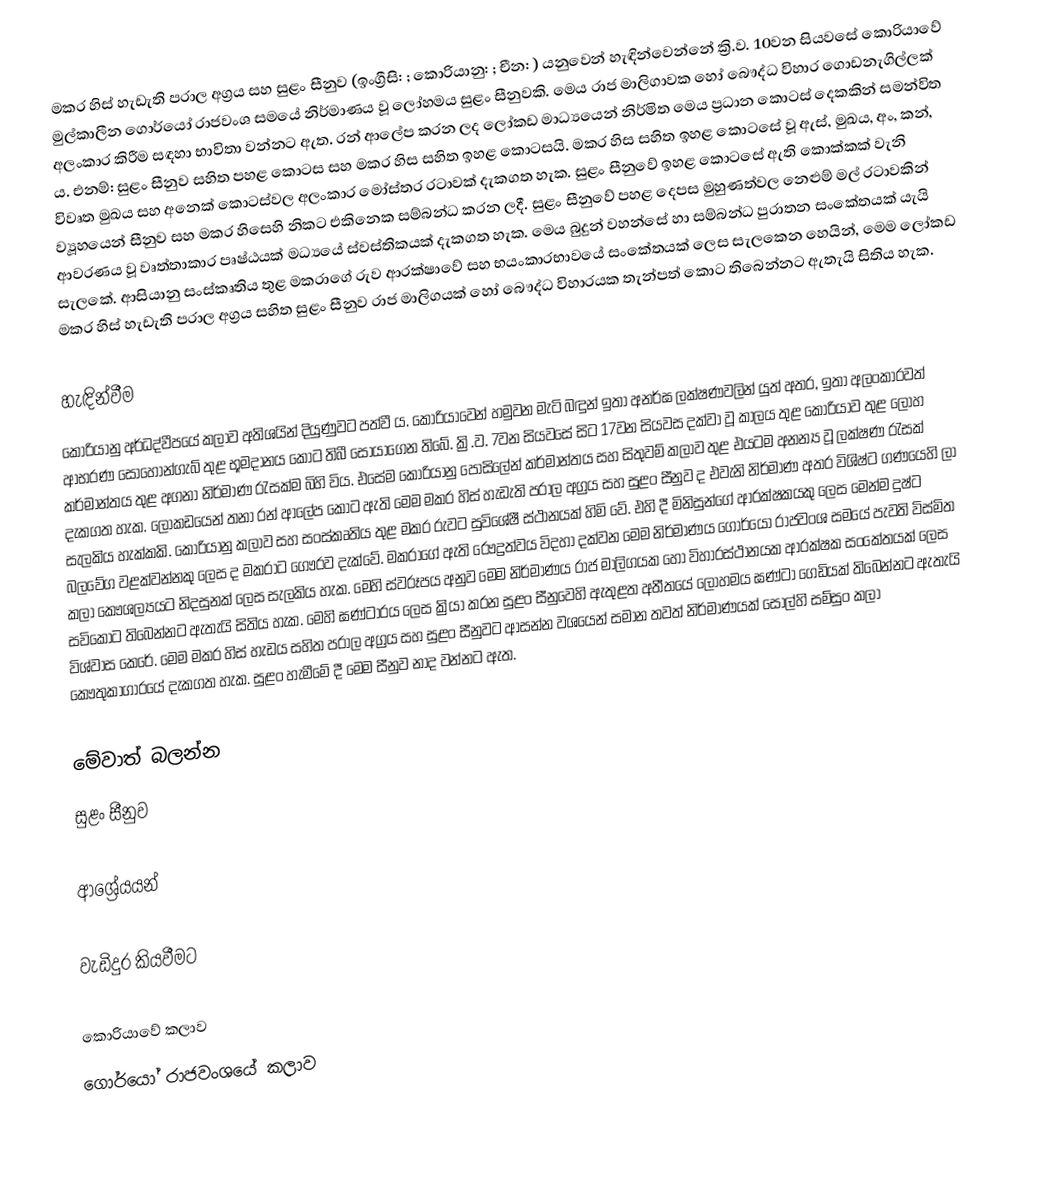
මකර හිස් හැඩැති පරාල අග්‍රය සහ සුළං සීනුව (ඉංග්‍රීසි: ; කොරියානු: ; චීන: ) යනුවෙන් හැඳින්වෙන්නේ ක්‍රි.ව. 10වන සියවසේ කොරියාවේ මුල්කාලීන ගොර්යෝ රාජවංශ සමයේ නිර්මාණය වූ ලෝහමය සුළං සීනුවකි. මෙය රාජ මාලිගාවක හෝ බෞද්ධ විහාර ගොඩනැගිල්ලක් අලංකාර කිරීම සඳහා භාවිතා වන්නට ඇත. රන් ආලේප කරන ලද ලෝකඩ මාධ්‍යයෙන් නිර්මිත මෙය ප්‍රධාන කොටස් දෙකකින් සමන්විත ය. එනම්: සුළං සීනුව සහිත පහළ කොටස සහ මකර හිස සහිත ඉහළ කොටසයි. මකර හිස සහිත ඉහළ කොටසේ වූ ඇස්, මුඛය, අං, කන්, විවෘත මුඛය සහ අනෙක් කොටස්වල අලංකාර මෝස්තර රටාවක් දැකගත හැක. සුළං සීනුවේ ඉහළ කොටසේ ඇති කොක්කක් වැනි ව්‍යූහයෙන් සීනුව සහ මකර හිසෙහි නිකට එකිනෙක සම්බන්ධ කරන ලදී. සුළං සීනුවේ පහළ දෙපස මුහුණත්වල නෙළුම් මල් රටාවකින් ආවරණය වූ වෘත්තාකාර පෘෂ්ඨයක් මධ්‍යයේ ස්වස්තිකයක් දැකගත හැක. මෙය බුදුන් වහන්සේ හා සම්බන්ධ පුරාතන සංකේතයක් යැයි සැලකේ. ආසියානු සංස්කෘතිය තුළ මකරාගේ රුව ආරක්ෂාවේ සහ භයංකාරභාවයේ සංකේතයක් ලෙස සැලකෙන හෙයින්, මෙම ලෝකඩ මකර හිස් හැඩැති පරාල අග්‍රය සහිත සුළං සීනුව රාජ මාලිගයක් හෝ බෞද්ධ විහාරයක තැන්පත් කොට තිබෙන්නට ඇතැයි සිතිය හැක.

හැඳින්වීම
කොරියානු අර්ධද්වීපයේ කලාව අතිශයින් දියුණුවට පත්වී ය. කොරියාවෙන් හමුවන මැටි බඳුන් ඉතා අනර්ඝ ලක්ෂණවලින් යුත් අතර, ඉතා අලංකාරවත් ආභරණ සොහොන්ගැබ් තුළ භූමදානය කොට තිබී සොයාගෙන තිබේ. ක්‍රි.ව. 7වන සියවසේ සිට 17වන සියවස දක්වා වූ කාලය තුළ කොරියාව තුළ ලෝහ කර්මාන්තය තුළ අගනා නිර්මාණ රැසක්ම බිහි විය. එසේම කොරියානු පෝසිලේන් කර්මාන්තය සහ සිතුවම් කලාව තුළ එයටම අනන්‍ය වූ ලක්ෂණ රැසක් දැකගත හැක. ලෝකඩයෙන් තනා රන් ආලේප කොට ඇති මෙම මකර හිස් හැඩැති පරාල අග්‍රය සහ සුළං සීනුව ද එවැනි නිර්මාණ අතර විශිෂ්ට ගණයෙහි ලා සැලකිය හැක්කකි. කොරියානු කලාව සහ සංස්කෘතිය තුළ මකර රුවට සුවිශේෂී ස්ථානයක් හිමි වේ. එහි දී මිනිසුන්ගේ ආරක්ෂකයකු ලෙස මෙන්ම දුෂ්ට බලවේග වළක්වන්නකු ලෙස ද මකරාට ගෞරව දැක්වේ. මකරාගේ ඇති රෞද්‍රත්වය විදහා දක්වන මෙම නිර්මාණය ගොර්යෝ රාජවංශ සමයේ පැවති විස්මිත කලා කෞශල්‍යයට නිදසුනක් ලෙස සැලකිය හැක. මෙහි ස්වරූපය අනුව මෙම නිර්මාණය රාජ මාලිගයක හෝ විහාරස්ථානයක ආරක්ෂක සංකේතයක් ලෙස සවිකොට තිබෙන්නට ඇතැයි සිතිය හැක. මෙහි ඝණ්ටාරය ලෙස ක්‍රියා කරන සුළං සීනුවෙහි ඇතුළත අතීතයේ ලෝහමය ඝණ්ටා ගෙඩියක් තිබෙන්නට ඇතැයි විශ්වාස කෙරේ. මෙම මකර හිස් හැඩය සහිත පරාල අග්‍රය සහ සුළං සීනුවට ආසන්න වශයෙන් සමාන තවත් නිර්මාණයක් සෝල්හි සම්සුං කලා කෞතුකාගාරයේ දැකගත හැක. සුළං හැමීමේ දී මෙම සීනුව නාද වන්නට ඇත.

මේවාත් බලන්න
 සුළං සීනුව

ආශ්‍රේයයන්

වැඩිදුර කියවීමට

කොරියාවේ කලාව
ගොර්යෝ රාජවංශයේ කලාව